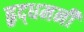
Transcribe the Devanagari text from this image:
हृद्‌धमनी